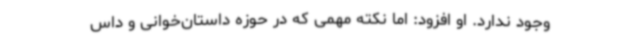
وجود ندارد. او افزود: اما نکته مهمی که در حوزه داستان‌خوانی و داس